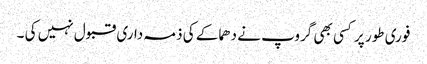
فوری طور پر کسی بھی گروپ نے دھماکے کی ذمہ داری قبول نہیں کی ۔